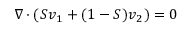
\nabla \cdot ( S \boldsymbol { v } _ { 1 } + ( 1 - S ) \boldsymbol { v } _ { 2 } ) = 0